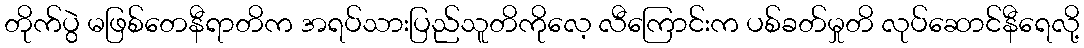
တိုက်ပွဲ မဖြစ်တေနီရာတိက အရပ်သားပြည်သူတိကိုလေ့ လီကြောင်းက ပစ်ခတ်မှုတိ လုပ်ဆောင်နီရေလို့